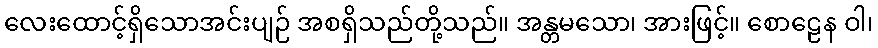
လေးထောင့်ရှိသောအင်းပျဉ် အစရှိသည်တို့သည်။ အန္တမသော၊ အားဖြင့်။ စောဠေန ဝါ၊